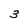
Character: 3